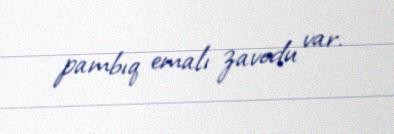
pambıq emalı zavodu var.